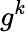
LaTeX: g^{k}